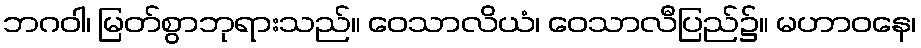
ဘဂဝါ၊ မြတ်စွာဘုရားသည်။ ဝေသာလိယံ၊ ဝေသာလီပြည်၌။ မဟာဝနေ၊